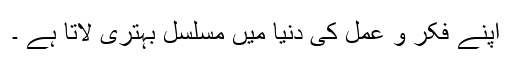
اپنے فکر و عمل کی دنیا میں مسلسل بہتری لاتا ہے ۔